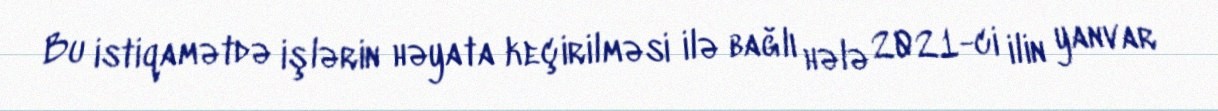
Bu istiqamətdə işlərin həyata keçirilməsi ilə bağlı hələ 2021-ci ilin yanvar